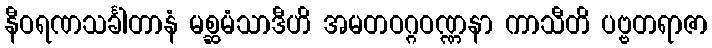
နီဝရဏသင်္ခါတာနံ မစ္ဆမံသာဒီဟိ အမတဝဂ္ဂဝဏ္ဏနာ ကာသီတိ ပဗ္ဗတရာဇာ